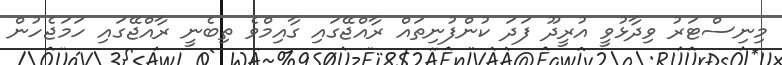
މިނިސްޓަރު ވިދާޅުވީ އުރީދޫ ފަދަ ކުންފުނިތައް ރާއްޖޭގައި ގާއިމްވެ ތިބެނީ ރާއްޖޭގައި ހަމަޖެހުން